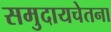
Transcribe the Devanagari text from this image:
समुदायचेतना